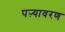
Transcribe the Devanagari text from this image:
पऱ्यावरण